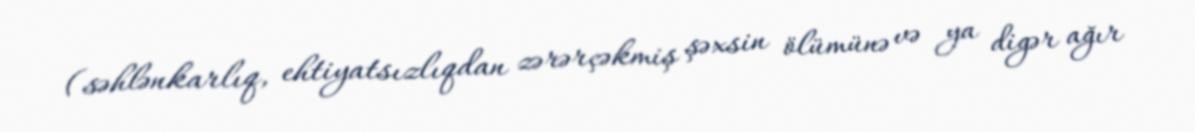
(səhlənkarlıq, ehtiyatsızlıqdan zərərçəkmiş şəxsin ölümünə və ya digər ağır